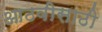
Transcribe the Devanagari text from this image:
आठवीसाठी